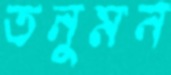
তনুমন